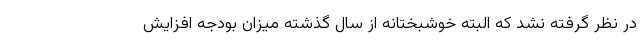
در نظر گرفته نشد که البته خوشبختانه از سال گذشته میزان بودجه افزایش